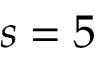
s = 5